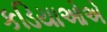
કડિયાઓએ